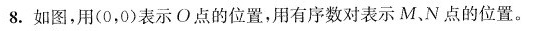
8.如图，用（0，0）表示O点的位置，用有序数对表示M、N点的位置。